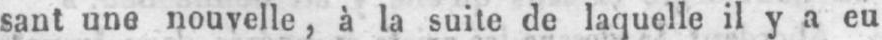
sant une nouvelle, à la suite de laquelle il y a eu